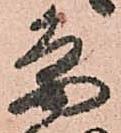
条